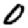
Digit: 0